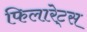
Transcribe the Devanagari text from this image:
फिलारेट्स